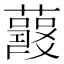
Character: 𧃱